Problem: 11 × 11 = ?
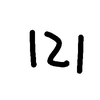
Handwritten answer: 121